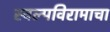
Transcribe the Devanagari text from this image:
स्वल्पविरामाचा